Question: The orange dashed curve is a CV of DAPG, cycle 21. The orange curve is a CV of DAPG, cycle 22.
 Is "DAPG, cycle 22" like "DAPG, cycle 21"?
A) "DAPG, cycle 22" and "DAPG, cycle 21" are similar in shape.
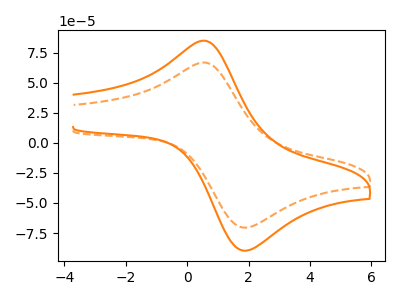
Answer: <think>The orange dashed curve "DAPG, cycle 21" has an anodic peak at (0.55V, 66.80uA) and a cathodic peak at (2.00V, -70.15uA). The orange curve "DAPG, cycle 22" has an anodic peak at (0.55V, 84.95uA) and a cathodic peak at (2.00V, -89.20uA).
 All the peaks in "DAPG, cycle 22" have a peak in "DAPG, cycle 21" at the same potential. Every peak in "DAPG, cycle 22" is higher than every peak in "DAPG, cycle 21".</think>
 <answer>A) "DAPG, cycle 22" and "DAPG, cycle 21" are similar in shape.</answer>
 <eval>A</eval>